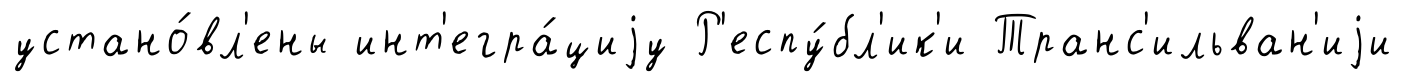
устано́вл'ены инт'егра́циjу Р'еспу́бл'ик'и Транс'ильван'иjи